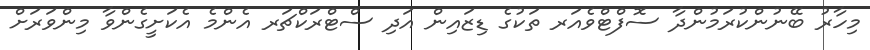
މިހާރު ބޭނުންކުރަމުންދާ ސޮފްޓްވެއަރ ތަކުގެ ޑިޒައިން އަދި ސްޓްރަކްޗަރ އެންމެ އެކަށީގެންވާ މިންވަރަށް